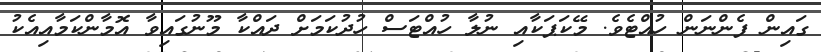
ގައިން ފެންނަން ހުއްޓެވެ. މޭކަޕަކާއި ނުލާ ހުއްޓަސް ހުދުކަމަށް ދައްކާ މޫނުގައިވާ އޮމާންކަމާއިއެކު